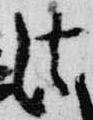
法